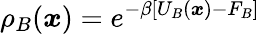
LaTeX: \rho_{B}({\boldsymbol{x}})=e^{-\beta[U_{B}({\boldsymbol{x}})-F_{B}]}